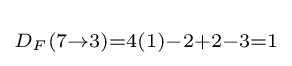
\scriptstyle D_{F}(7\rightarrow 3)=4(1)-2+2-3=1